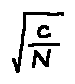
\sqrt { \frac { c } { N } }